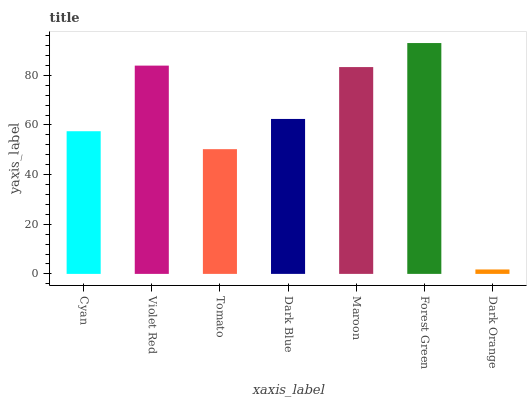
| xaxis_label | bars |
 | --- | --- |
 | Cyan | 57.5 |
 | Violet Red | 83.9 |
 | Tomato | 50.2 |
 | Dark Blue | 62.4 |
 | Maroon | 83.3 |
 | Forest Green | 93 |
 | Dark Orange | 1.79 |